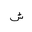
Letter: _shin